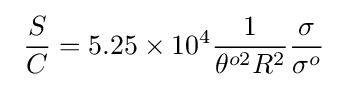
\ {\frac {S}{C}}=5.25\times 10^{4}{\frac {1}{\theta ^{o2}R^{2}}}{\frac {\sigma }{\sigma ^{o}}}